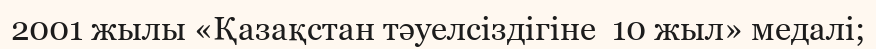
2001 жылы «Қазақстан тәуелсіздігіне  10 жыл» медалі;